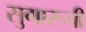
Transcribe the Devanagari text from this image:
सुगारूची